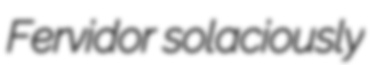
Fervidor solaciously